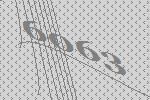
6063